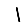
Digit: 1